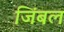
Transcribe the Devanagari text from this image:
जिंबल